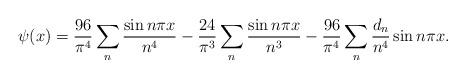
LaTeX: \begin{align*} \psi (x) = \frac{96}{\pi^4} \sum_{n } \frac{\sin n\pi x}{n^4}- \frac{24}{\pi^3} \sum_{n } \frac{\sin n \pi x}{n^3} - \frac{96}{\pi^4} \sum_{n } \frac{d_n}{n^4} \sin n \pi x . \end{align*}